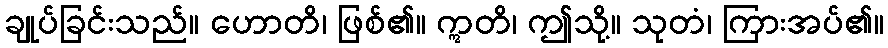
ချုပ်ခြင်းသည်။ ဟောတိ၊ ဖြစ်၏။ ဣတိ၊ ဤသို့။ သုတံ၊ ကြားအပ်၏။